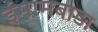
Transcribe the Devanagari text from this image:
ईमामबाड़ा